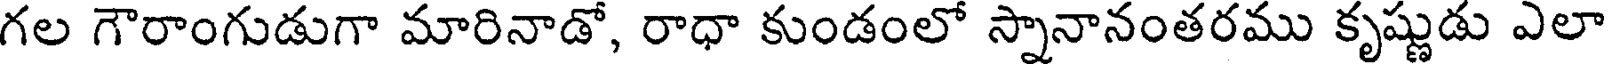
గల గౌరాంగుడుగా మారినాడో, రాధా కుండంలో స్నానానంతరము కృష్ణుడు ఎలా